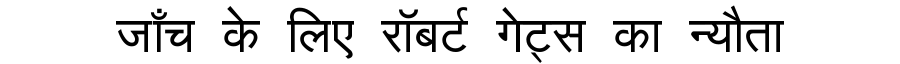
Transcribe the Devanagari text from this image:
जाँच के लिए रॉबर्ट गेट्स का न्यौता